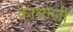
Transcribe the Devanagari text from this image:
काथाशी